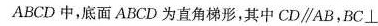
ABCD中，底面ABCD为直角梯形，其中CD\parallel AB，BC⊥